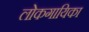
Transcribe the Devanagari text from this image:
लोकगायिका